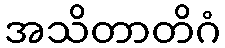
အသိတာတိဂံ